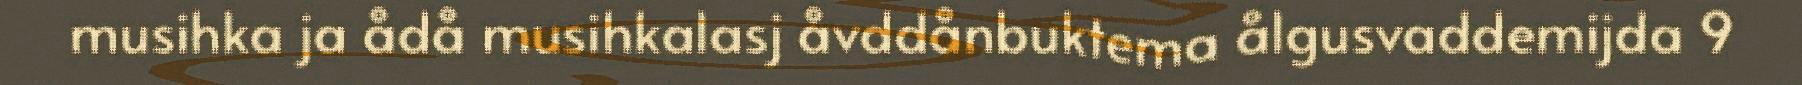
musihka ja ådå musihkalasj åvddånbuktema ålgusvaddemijda 9